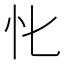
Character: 𢖬